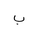
Letter: _ba